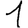
Digit: 1